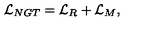
{ \cal L } _ { N G T } = { \cal L } _ { R } + { \cal L } _ { M } ,